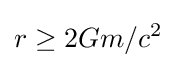
r\geq {2Gm}/{c^{2}}